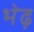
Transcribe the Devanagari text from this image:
भेढ़